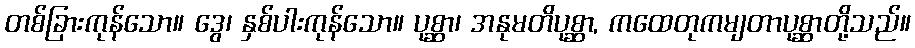
တစ်ခြားကုန်သော။ ဒွေ၊ နှစ်ပါးကုန်သော။ ပုစ္ဆာ၊ အနုမတိပုစ္ဆာ, ကထေတုကမျတာပုစ္ဆာတို့သည်။